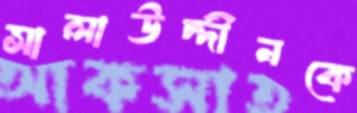
সালাউদ্দীনকে